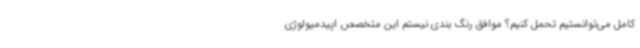
کامل می‌توانستیم تحمل کنیم؟ موافق رنگ بندی نیستم این متخصص اپیدمیولوژی